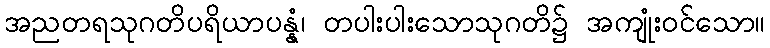
အညတရသုဂတိပရိယာပန္နံ၊ တပါးပါးသောသုဂတိ၌ အကျုံးဝင်သော။